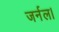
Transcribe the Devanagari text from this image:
जर्नल।